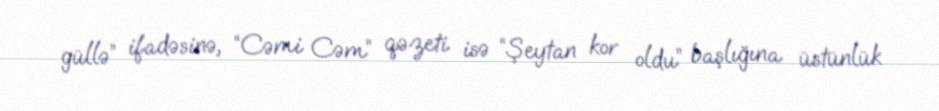
güllə” ifadəsinə, “Cəmi Cəm” qəzeti isə “Şeytan kor oldu” başlığına üstünlük